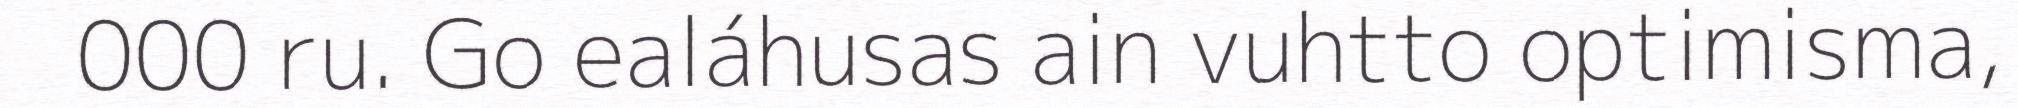
000 ru. Go ealáhusas ain vuhtto optimisma,